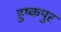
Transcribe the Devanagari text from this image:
हुष्कपुर